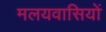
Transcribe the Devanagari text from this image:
मलयवासियों